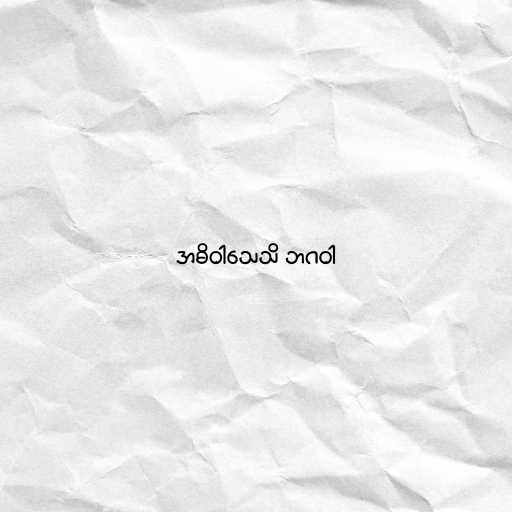
အဓိဝါသေသိ ဘဂဝါ